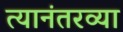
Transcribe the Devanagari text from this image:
त्यानंतरव्या